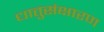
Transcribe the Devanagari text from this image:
धातुसंक्षारण